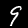
Digit: 9